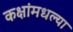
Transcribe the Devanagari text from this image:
कक्षांमधल्या